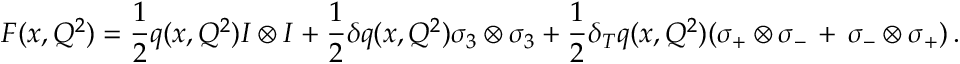
{ \cal { F } } ( x , Q ^ { 2 } ) = \frac { 1 } { 2 } q ( x , Q ^ { 2 } ) I \otimes I + \frac { 1 } { 2 } \delta q ( x , Q ^ { 2 } ) \sigma _ { 3 } \otimes \sigma _ { 3 } + \frac { 1 } { 2 } \delta _ { T } q ( x , Q ^ { 2 } ) ( \sigma _ { + } \otimes \sigma _ { - } \, + \, \sigma _ { - } \otimes \sigma _ { + } ) \, .